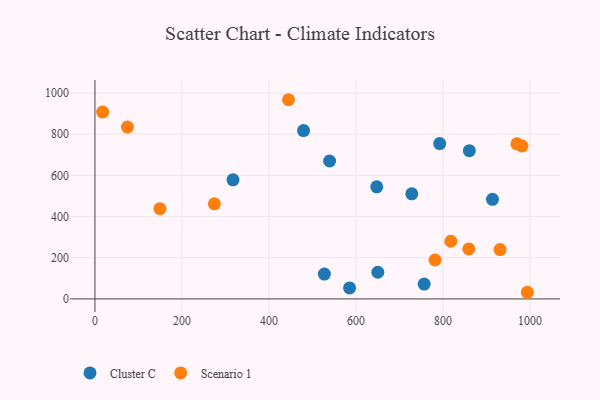
{"axis": {"x": "Speed", "y": "Yield"}, "legend": ["Cluster C", "Scenario 1"], "data": [{"x": "317.4", "y": 578.5, "type": "Cluster C"}, {"x": "860.8", "y": 719.7, "type": "Cluster C"}, {"x": "756.9", "y": 72.0, "type": "Cluster C"}, {"x": "728.5", "y": 510.3, "type": "Cluster C"}, {"x": "479.6", "y": 817.3, "type": "Cluster C"}, {"x": "585.4", "y": 53.6, "type": "Cluster C"}, {"x": "650.4", "y": 129.6, "type": "Cluster C"}, {"x": "527.5", "y": 120.7, "type": "Cluster C"}, {"x": "914.0", "y": 483.5, "type": "Cluster C"}, {"x": "647.9", "y": 544.5, "type": "Cluster C"}, {"x": "792.7", "y": 754.4, "type": "Cluster C"}, {"x": "539.5", "y": 669.8, "type": "Cluster C"}, {"x": "981.8", "y": 742.5, "type": "Scenario 1"}, {"x": "859.5", "y": 242.9, "type": "Scenario 1"}, {"x": "17.7", "y": 907.6, "type": "Scenario 1"}, {"x": "994.2", "y": 32.3, "type": "Scenario 1"}, {"x": "445.0", "y": 967.2, "type": "Scenario 1"}, {"x": "781.8", "y": 189.1, "type": "Scenario 1"}, {"x": "274.5", "y": 461.9, "type": "Scenario 1"}, {"x": "818.2", "y": 280.0, "type": "Scenario 1"}, {"x": "970.1", "y": 753.3, "type": "Scenario 1"}, {"x": "149.6", "y": 438.0, "type": "Scenario 1"}, {"x": "74.7", "y": 834.6, "type": "Scenario 1"}, {"x": "931.4", "y": 239.6, "type": "Scenario 1"}]}